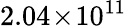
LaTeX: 2.04\! \times\! 10^{11}